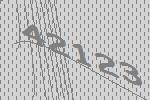
42123